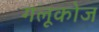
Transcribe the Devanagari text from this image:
गलूकोज